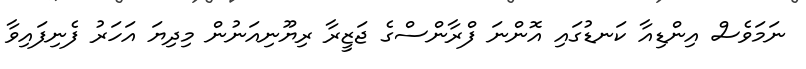
ނަމަވެސް އިންޑިއާ ކަނޑުގައި އޮންނަ ފްރާންސްގެ ޖަޒީރާ ރިޔޫނިއަނުން މިދިޔަ އަހަރު ފެނިފައިވާ